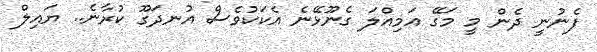
ފެނުނީ ދެން މީ މަގޭ އަމިއްލަ ގެނޫޅޭނެ އެކަކުވެސް އުނދަގޫ ކުރާނެ.. ޔައިލް